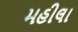
મહીલા